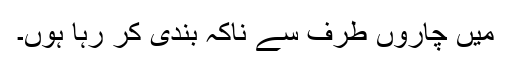
میں چاروں طرف سے ناکہ بندی کر رہا ہوں۔